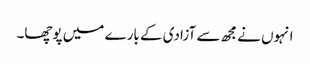
انہوں نے مجھ سے آزادی کے بارے میں پوچھا۔